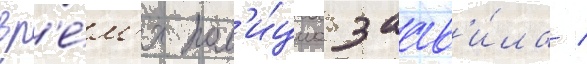
вр'е́м'я пол'и́циа заав'и́ла /